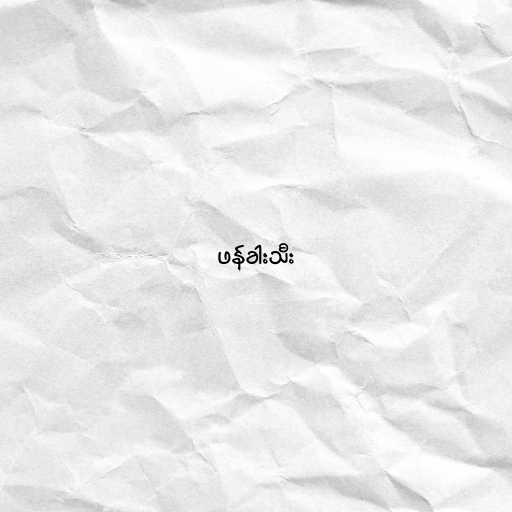
ဖန်ခါးသီး